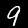
Label: 9